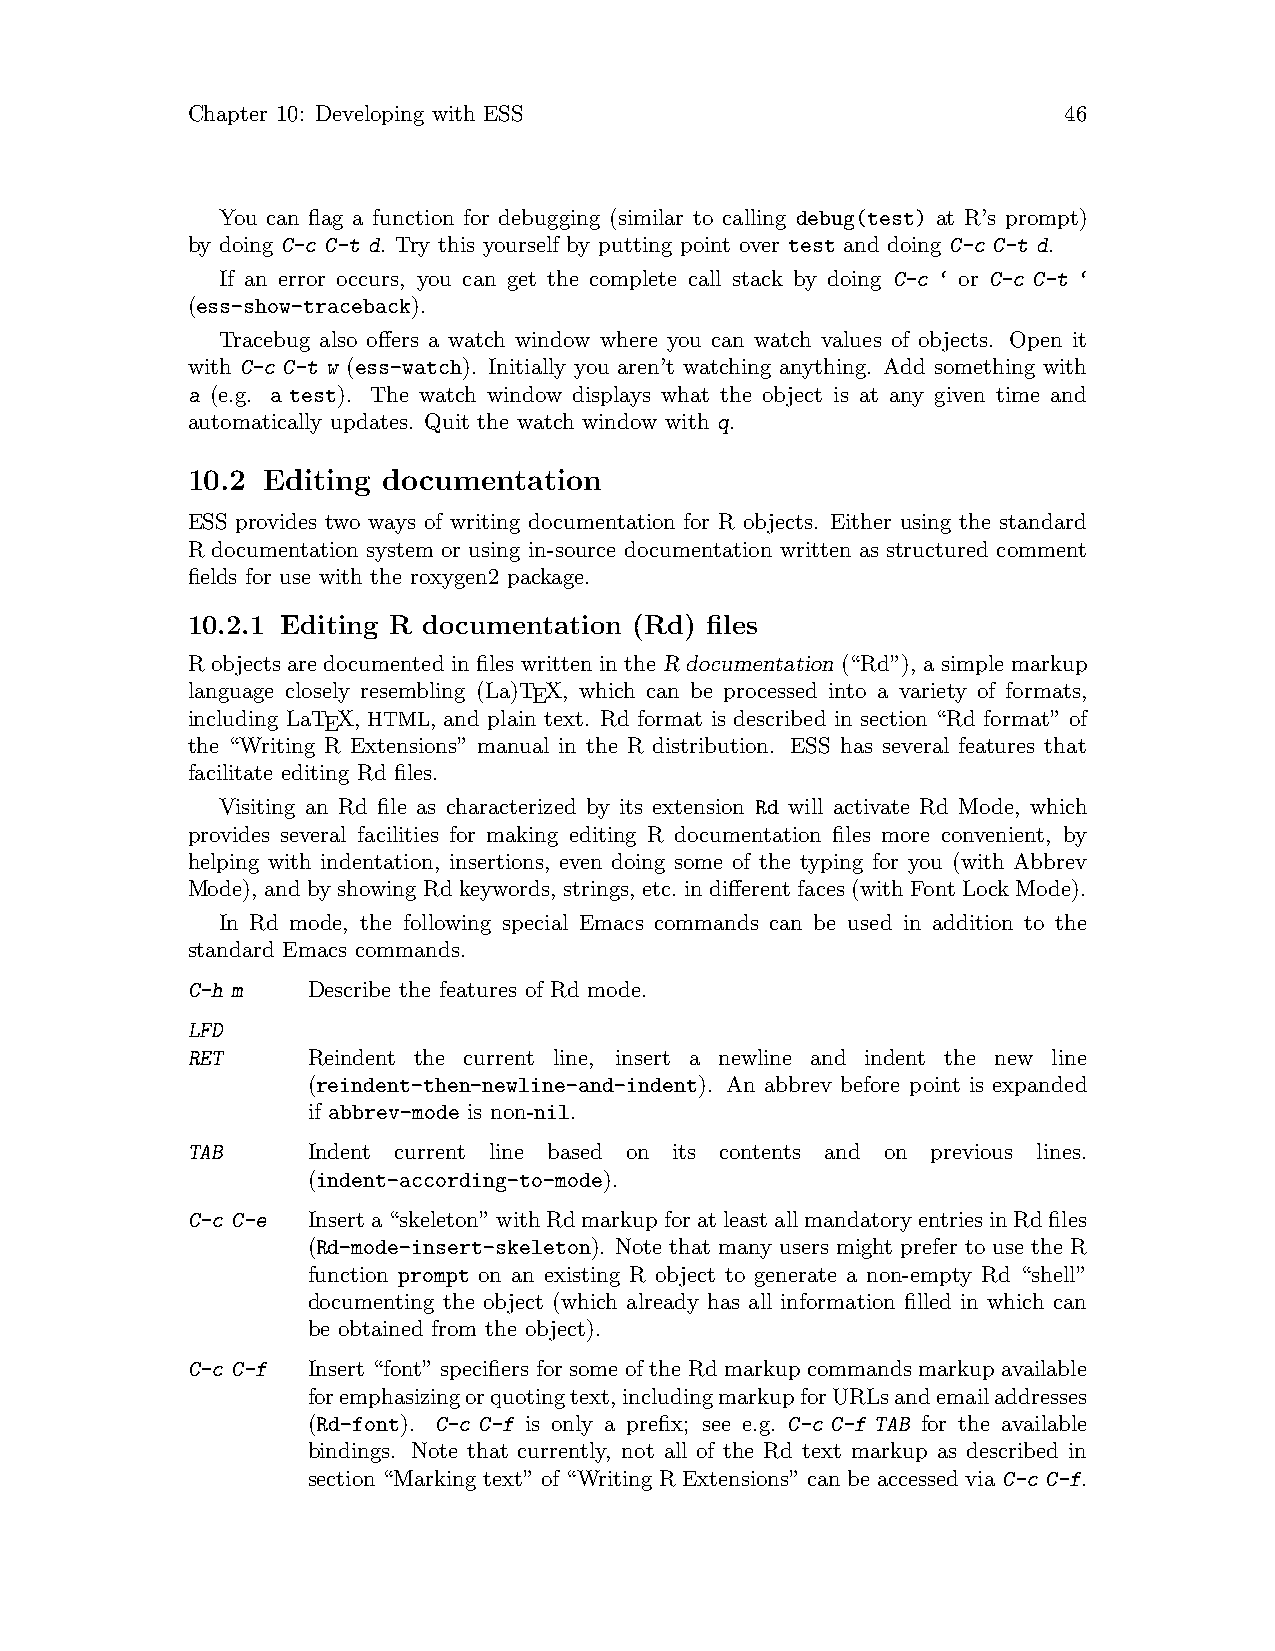
Chapter 10: Developing with ESS                           46
 You can flag a function for debugging (similar to calling debug(test) at R’s prompt)
 by doing C-c C-t d. Try this yourself by putting point over test and doing C-c C-t d.
 If an error occurs, you can get the complete call stack by doing C-c ‘ or C-c C-t ‘
 (ess-show-traceback).
 Tracebug also offers a watch window where you can watch values of objects. Open it
 with C-c C-t w (ess-watch). Initially you aren’t watching anything. Add something with
 a (e.g. a test). The watch window displays what the object is at any given time and
 automatically updates. Quit the watch window with q.
 10.2 Editing documentation
 ESS provides two ways of writing documentation for R objects. Either using the standard
 R documentation system or using in-source documentation written as structured comment
 fields for use with the roxygen2 package.
 10.2.1 Editing R documentation (Rd) files
 R objects are documented in files written in the R documentation (“Rd”), a simple markup
 language closely resembling (La)TEX, which can be processed into a variety of formats,
 including LaTEX, HTML, and plain text. Rd format is described in section “Rd format” of
 the “Writing R Extensions” manual in the R distribution. ESS has several features that
 facilitate editing Rd files.
 Visiting an Rd file as characterized by its extension Rd will activate Rd Mode, which
 provides several facilities for making editing R documentation files more convenient, by
 helping with indentation, insertions, even doing some of the typing for you (with Abbrev
 Mode), and by showing Rd keywords, strings, etc. in different faces (with Font Lock Mode).
 In Rd mode, the following special Emacs commands can be used in addition to the
 standard Emacs commands.
 C-h m   Describe the features of Rd mode.
 LFD
 RET     Reindent the current line, insert a newline and indent the new line
 (reindent-then-newline-and-indent). An abbrev before point is expanded
 if abbrev-mode is non-nil.
 TAB     Indent current line based on its contents and on previous lines.
 (indent-according-to-mode).
 C-c C-e Inserta“skeleton”withRdmarkupforatleastallmandatoryentriesinRdfiles
 (Rd-mode-insert-skeleton). Note that many users might prefer to use the R
 function prompt on an existing R object to generate a non-empty Rd “shell”
 documenting the object (which already has all information filled in which can
 be obtained from the object).
 C-c C-f Insert “font” specifiers for some of the Rd markup commands markup available
 foremphasizingorquotingtext,includingmarkupforURLsandemailaddresses
 (Rd-font). C-c C-f is only a prefix; see e.g. C-c C-f TAB for the available
 bindings. Note that currently, not all of the Rd text markup as described in
 section “Marking text” of “Writing R Extensions” can be accessed via C-c C-f.